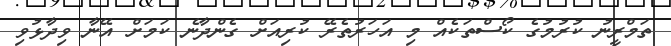
ތަމްރީނު ކުރުމުގެ ކޯސްތަކެއް މި އަހަރުތެރޭ ކުރިއަށް ގެންދާނެ ކަމަށް އޭނާ ވިދާޅުވި